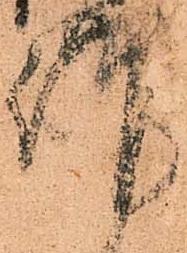
謹